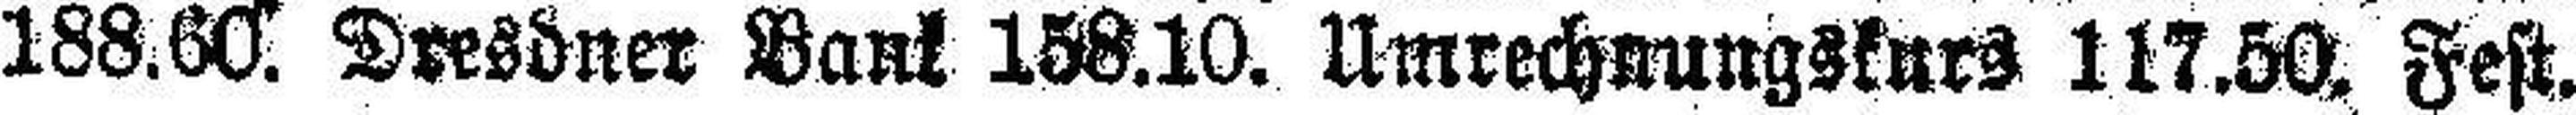
188.60 Dresdner Bank 158.10. Umrechnungskurs 117.50. Fest.